Indian Medical Review
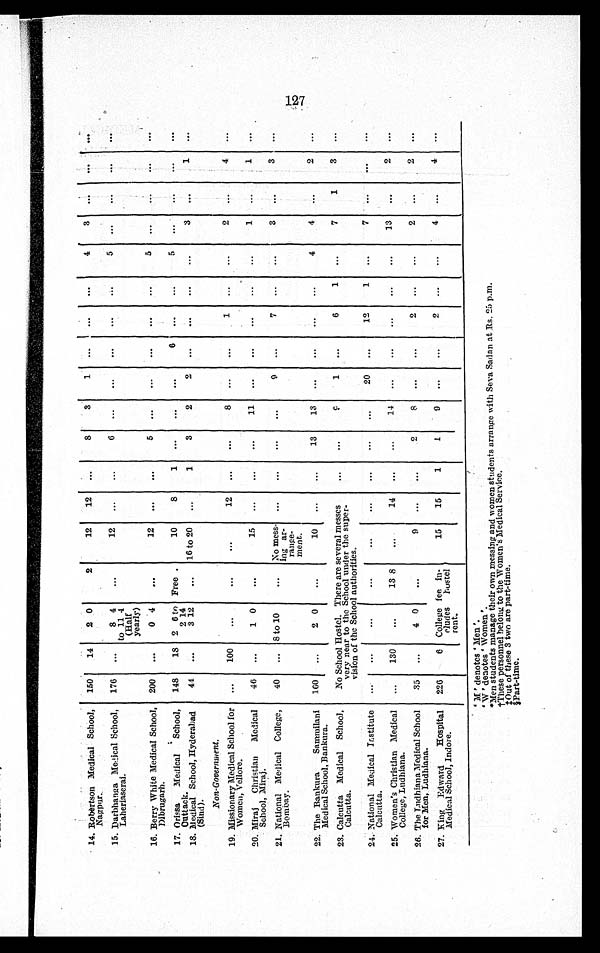
14. Robertson Medical Schoo
l, Nagpar.
150
14 20
2
12
12 ...
8
3
1 ... ...
...
4
3 ...
...
...
15. Darbhanga Medical School,
Laheriaserai.
176 ...
8 4 t o 1 1 4
(Half
yearly)
...
12 ...
...
6 ... ...
...
...
...
5 ... ...
...
...
16. Berry White Medical School
, Dibrugarh
200 ...
0 4
...
12
. . .
. . .
5 ...
...
...
...
...
5 ...
...
...
...
17. Orissa Medical School
, Outtack.
148
18 2 6 to
2 14
Free
10
8
1 ...
... ...
6
...
...
5 ...
...
...
...
18. Medical School, Hyderabad
(Sind).
44 ...
3 12
... 16 to 20 ...
1
3
2
2
. . .
. . .
. . .
. . . 3 ...
1 ...
Non-Government.
19. Missionary Medical School for
Women,Vellore.
...
100
...
...
...
12 ...
...
8 ...
...
1 ...
...
2 ...
4 ...
20. Miraj Christian Medical
School, Miraj.
46 ...
1 0
...
15 ...
...
...
1 1
...
... ...
... ...
1 ...
1 ...
21. National Medical College,
Bombay.
40 ... 8 to 10
... No mess-
ing ar-
range-
ment.
...
...
...
...
9 ...
7 ...
...
3
...
3 ...
22. The Bankura Sammilani
Medical School, Bankura.
160 ...
2 0
...
1 0 ... ...
1 3
1 3
. . .
. . . ...
...
4
4 ...
2 ...
23. Calcutta Medical School,
Calcutta.
No School Hostel. There are several messes
very near to the School under the super-
vision of the School authorities.
...
...
9
1 ...
6
1 ...
7
1
3 ...
24. National Medical Institute
Calcutta.
...
...
...
...
...
...
...
...
. . .
20 ...
12
1 ...
7 ... ...
...
25. Women's Christian Medical
College, Ludhiana.
...
130
...
13 8
...
14 ... ...
14
. . .
. . .
...
... ...
13 ...
2 ...
26. The Ludhiana Medical School
for Men, Ludhiana.
35 ...
4 0 ...
9 ...
...
2
8
. . .
. . .
2 ... ...
2 ...
2 ...
27. King Edward Hospital
Medical School, Indore.
226
6 College
eludes
rent.
fee in-
hostel
15
15
1
1
9 ...
...
2 ...
...
4 ...
4 ...
' M ' denotes ' Men '.
'.W' denotes ' Women '.
*Men students manage their own messing and women students arrange with Seva Sedan at Rs. 25 p.m.
1-These personnel belong to the Women's Medical Service.
:Out of these 3 two are part-time.
§Part-time.
2 7